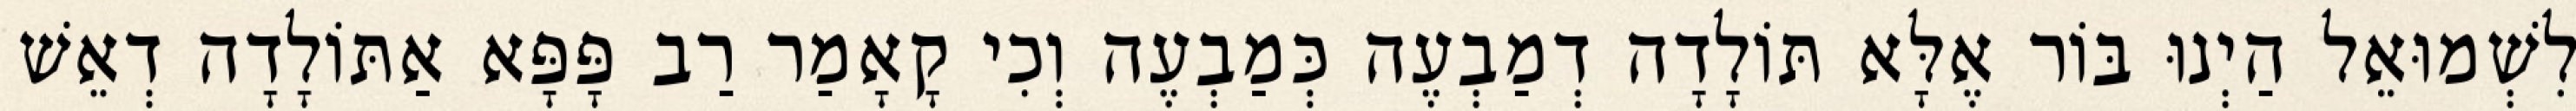
לִשְׁמוּאֵל הַיְנוּ בּוֹר אֶלָּא תּוֹלָדָה דְמַבְעֶה כְּמַבְעֶה וְכִי קָאָמַר רַב פָּפָּא אַתּוֹלָדָה דְאֵשׁ